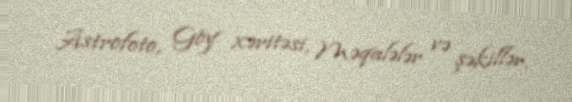
Astrofoto, Göy xəritəsi, Məqalələr və şəkillər.